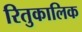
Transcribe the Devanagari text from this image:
रितुकालिक